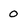
Character: O